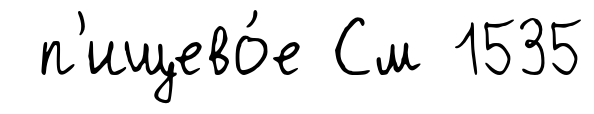
п'ищево́е См 1535